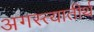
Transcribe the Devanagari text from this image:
अगस्त्यातीर्थ